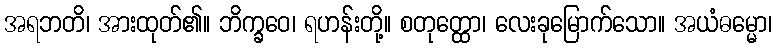
အရဘတိ၊ အားထုတ်၏။ ဘိက္ခဝေ၊ ရဟန်းတို့။ စတုတ္ထော၊ လေးခုမြောက်သော။ အယံဓမ္မော၊